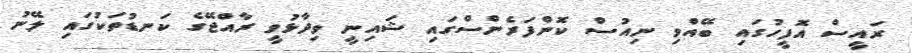
ރައީސް އޮފީހުގައި ބޭއްވި ނިއުސް ކޮންފަރެންސްގައި ޝައިނީ ވިދާޅުވީ ރާއްޖޭގެ ކަނޑުތަކުގައި ލޭނު